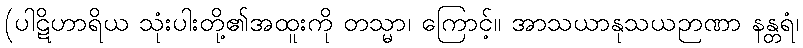
(ပါဋိဟာရိယ သုံးပါးတို့၏အထူးကို တသ္မာ၊ ကြောင့်။ အာသယာနုသယဉာဏာ နန္တရံ၊